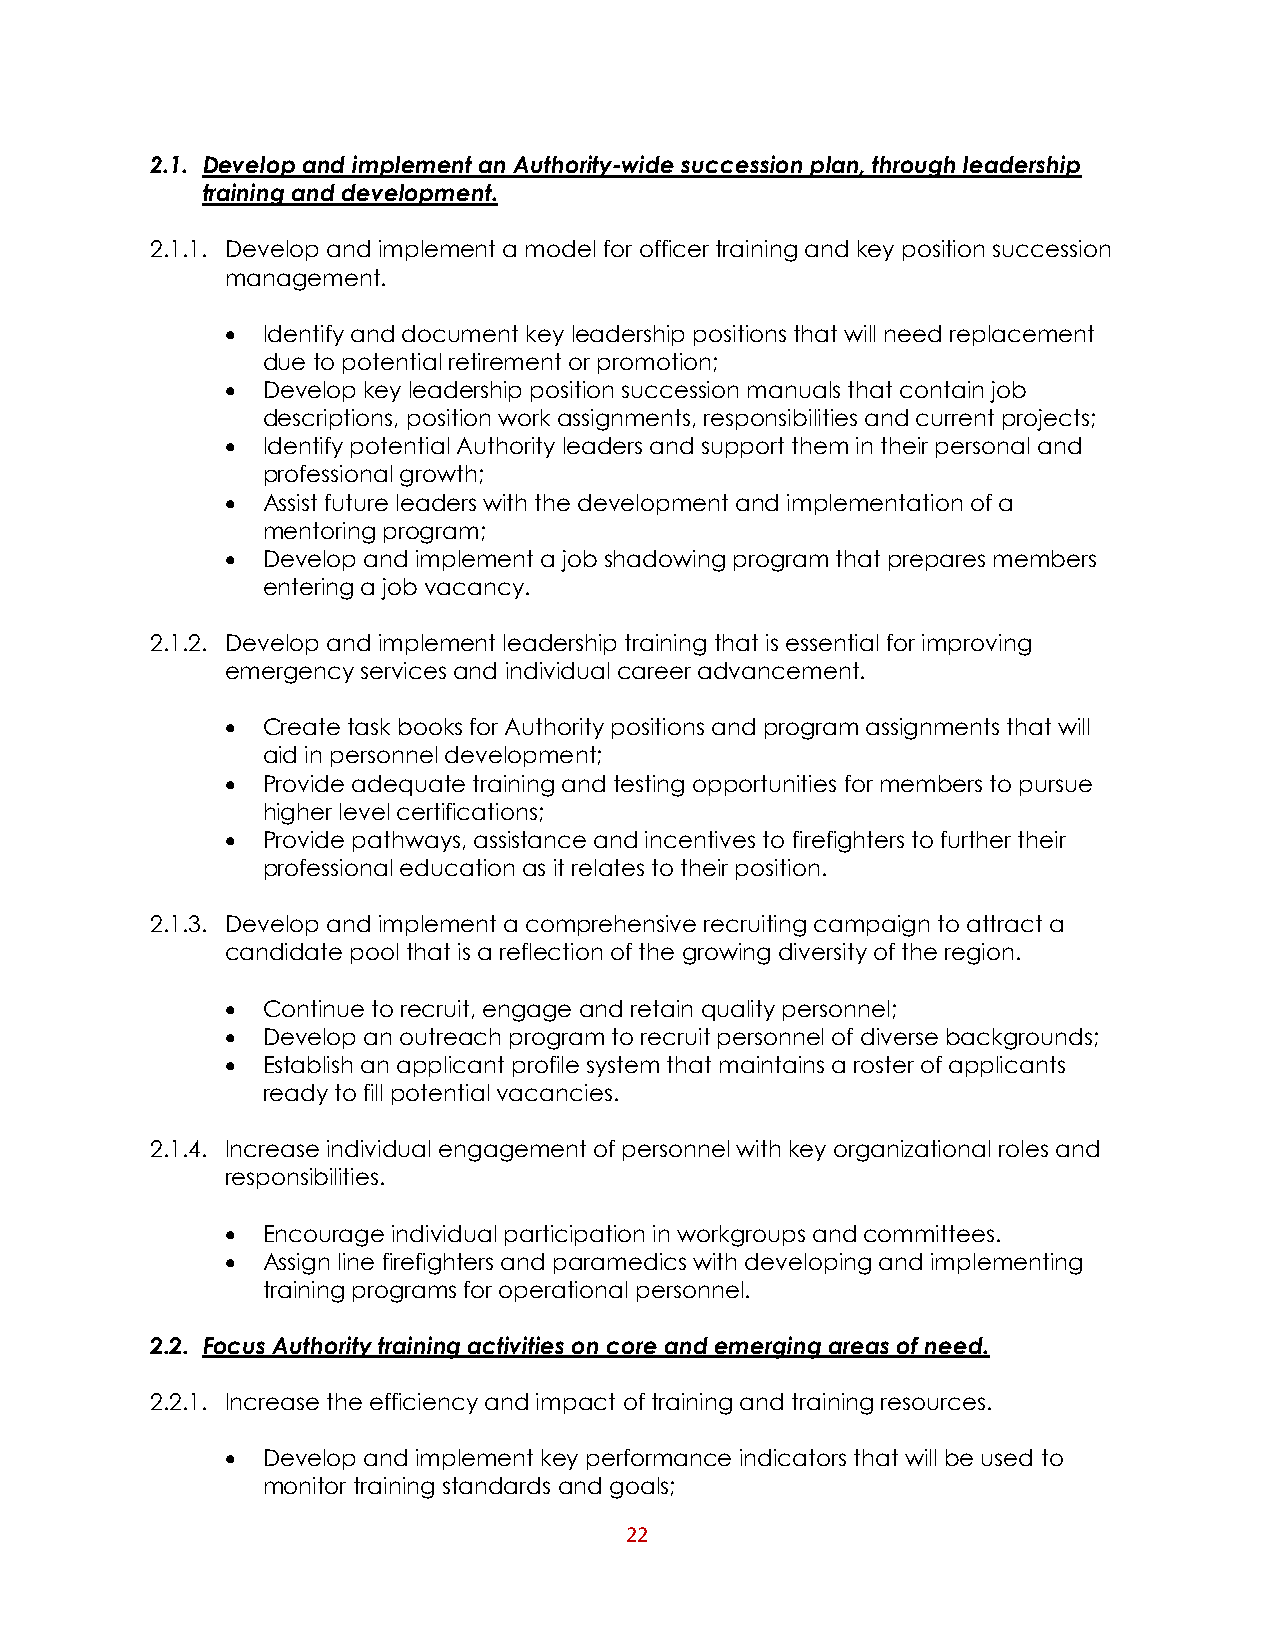
2.1. Develop and implement an Authority-wide succession plan, through leadership
 training and development.
 2.1.1. Develop and implement a model for officer training and key position succession
 management.
  Identify and document key leadership positions that will need replacement
 due to potential retirement or promotion;
  Develop key leadership position succession manuals that contain job
 descriptions, position work assignments, responsibilities and current projects;
  Identify potential Authority leaders and support them in their personal and
 professional growth;
  Assist future leaders with the development and implementation of a
 mentoring program;
  Develop and implement a job shadowing program that prepares members
 entering a job vacancy.
 2.1.2. Develop and implement leadership training that is essential for improving
 emergency services and individual career advancement.
  Create task books for Authority positions and program assignments that will
 aid in personnel development;
  Provide adequate training and testing opportunities for members to pursue
 higher level certifications;
  Provide pathways, assistance and incentives to firefighters to further their
 professional education as it relates to their position.
 2.1.3. Develop and implement a comprehensive recruiting campaign to attract a
 candidate pool that is a reflection of the growing diversity of the region.
  Continue to recruit, engage and retain quality personnel;
  Develop an outreach program to recruit personnel of diverse backgrounds;
  Establish an applicant profile system that maintains a roster of applicants
 ready to fill potential vacancies.
 2.1.4. Increase individual engagement of personnel with key organizational roles and
 responsibilities.
  Encourage individual participation in workgroups and committees.
  Assign line firefighters and paramedics with developing and implementing
 training programs for operational personnel.
 2.2. Focus Authority training activities on core and emerging areas of need.
 2.2.1. Increase the efficiency and impact of training and training resources.
  Develop and implement key performance indicators that will be used to
 monitor training standards and goals;
 22